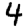
Digit: 4